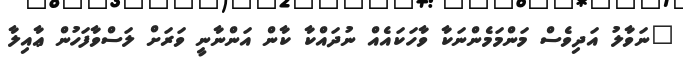
"ނަވާލު އަދިވެސް މަންމަމެންނަކާ ވާހަކައެއް ނުދައްކާ ކާން އަންނާނީ ވަރަށް ލަސްވާފަހުން ޢާއިލާ